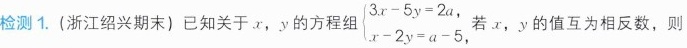
检测1.(浙江绍兴期末)已知关于。x，y的方程组 \left\{ \begin{matrix} 3 x-5 y=2 a\\ x-2 y=a-5 \\ \end{matrix} \right. ，若x，y的值互为相反数，则